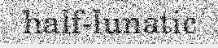
half-lunatic